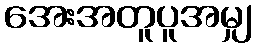
အေးအတူပူအမျှ